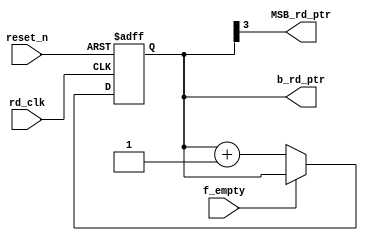
module read_control (
    input wire rd_clk,
    input wire reset_n,
    input wire f_empty,
    output reg [N-1:0] b_rd_ptr,
    output wire MSB_rd_ptr
);
    parameter N = 4;

    always @(posedge rd_clk or negedge reset_n) begin
        if (!reset_n) begin
            b_rd_ptr <= 0;
        end else if (!f_empty) begin
            b_rd_ptr <= b_rd_ptr + 1;
        end
    end

    assign MSB_rd_ptr = b_rd_ptr[N-1];
endmodule